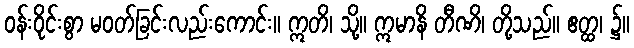
ဝန်းဝိုင်းစွာ မဝတ်ခြင်းလည်းကောင်း။ ဣတိ၊ သို့။ ဣမာနိ တီဏိ၊ တို့သည်။ ဧတ္ထ၊ ၌။